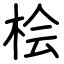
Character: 桧